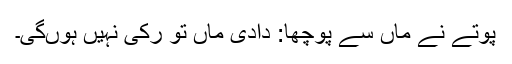
پوتے نے ماں سے پوچھا: دادی ماں تو رکی نہیں ہوںگی۔